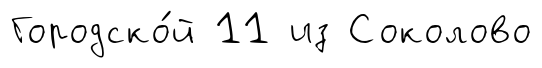
Городско́й 11 из Соколово